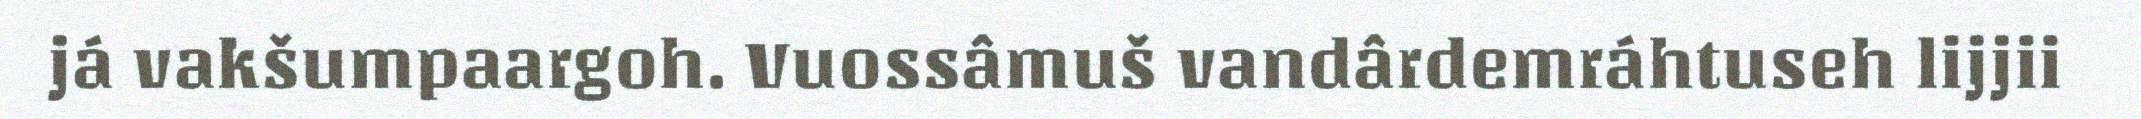
já vakšumpaargoh. Vuossâmuš vandârdemráhtuseh lijjii